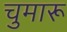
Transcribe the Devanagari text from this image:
चुमारू